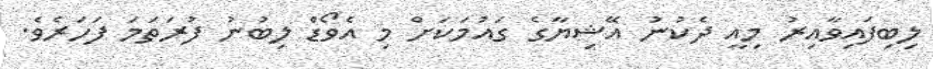
ލިބިފައިވާއިރު މިއީ ދެކުނު އޭޝިޔާގެ ގައުމަކަށް މި އެވޯޑް ލިބުނު ފުރަތަމަ ފަހަރެވެ.